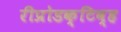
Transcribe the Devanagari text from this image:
रीप्रोडक्टिव्ह